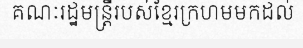
គណៈរដ្ឋមន្ត្រីរបស់ខ្មែរក្រហមមកដល់